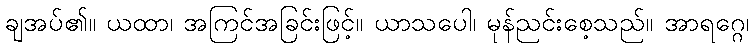
ချအပ်၏။ ယထာ၊ အကြင်အခြင်းဖြင့်။ ယာသပေါ၊ မုန်ညင်းစေ့သည်။ အာရဂ္ဂေ၊